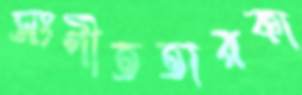
সংগীততারকা